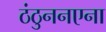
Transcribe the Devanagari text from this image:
ठंठुननएना